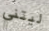
ليتني